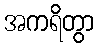
အကရိတွာ